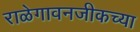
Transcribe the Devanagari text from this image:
राळेगावनजीकच्या